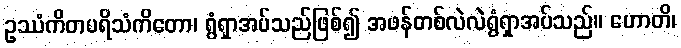
ဥဿံကိတပရိသံကိတော၊ ရွံရှာအပ်သည်ဖြစ်၍ အဖန်တစ်လဲလဲရွံရှာအပ်သည်။ ဟောတိ၊